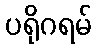
ပရိုဂရမ်